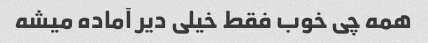
همه چی خوب فقط خیلی دیر آماده میشه